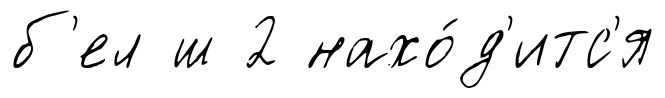
б'ел ш 2 нахо́д'итс'я